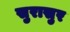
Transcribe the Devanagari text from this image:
सुरासुर